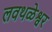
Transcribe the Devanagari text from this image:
लवथळेश्वर